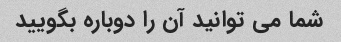
شما می توانید آن را دوباره بگویید